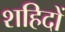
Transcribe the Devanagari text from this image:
शहिदों